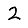
Digit: 2